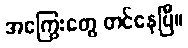
အကြွေးတွေ တင်နေပြီ။